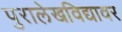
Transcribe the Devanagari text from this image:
पुरालेखविद्यावर